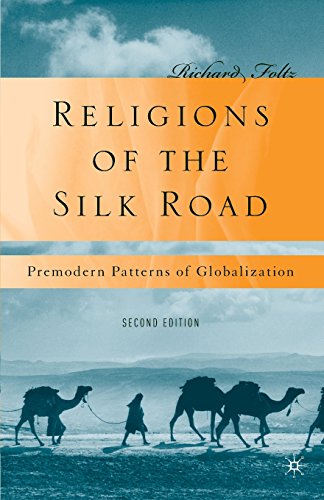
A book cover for Religions of the Silk Road: Premodern Patterns of Globalization; Richard Foltz; Religion & Spirituality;